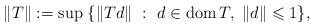
\begin{align*} \|T\|:=\sup \; \{ \|T d\|~: ~d\in \mbox{dom\,}T, \; \|d\| \leqslant 1 \}, \end{align*}